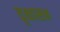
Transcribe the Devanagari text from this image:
वृक्षासन